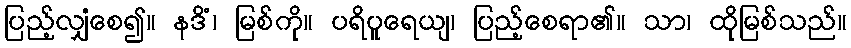
ပြည့်လျှံစေ၍။ နဒိံ၊ မြစ်ကို။ ပရိပူရေယျ၊ ပြည့်စေရာ၏။ သာ၊ ထိုမြစ်သည်။